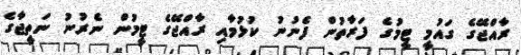
ރާއްޖޭގެ ގައުމީ ޓީމުގެ ފަރާތުން ފެނުނު ކުޅުމާއި ރާއްޖޭގެ ޓީމުން ނެރުނު ނަތީޖާގެ